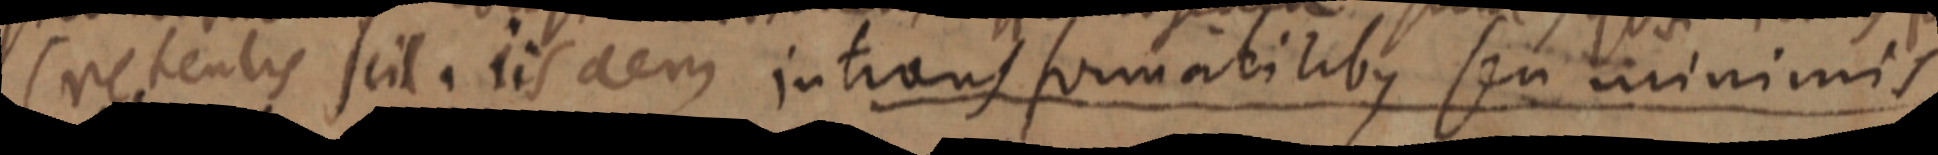
(retentis scil. iisdem intransformatilibus seu minimis